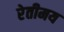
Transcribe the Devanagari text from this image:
रेतीमय